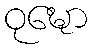
ဝုဍ္ဎော